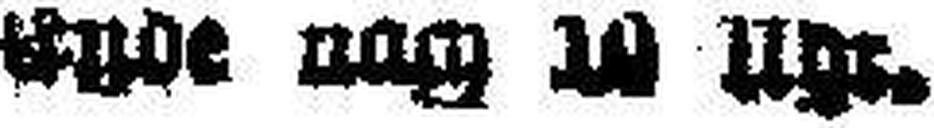
###de ### 10 Uhr.